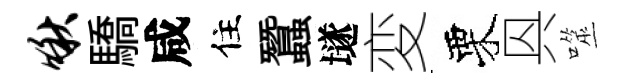
啾驕咸住蠶𡑞変栗㒷噬